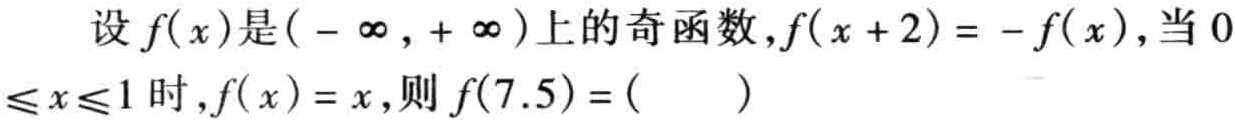
设\(f(x)\)是\((-\infty,+\infty)\)上的奇函数，\(f(x + 2)= - f(x)\)，当\(0\leqslant x\leqslant1\)时，\(f(x)=x\)，则\(f(7.5)=(\ \ \ \ \ \ )\)